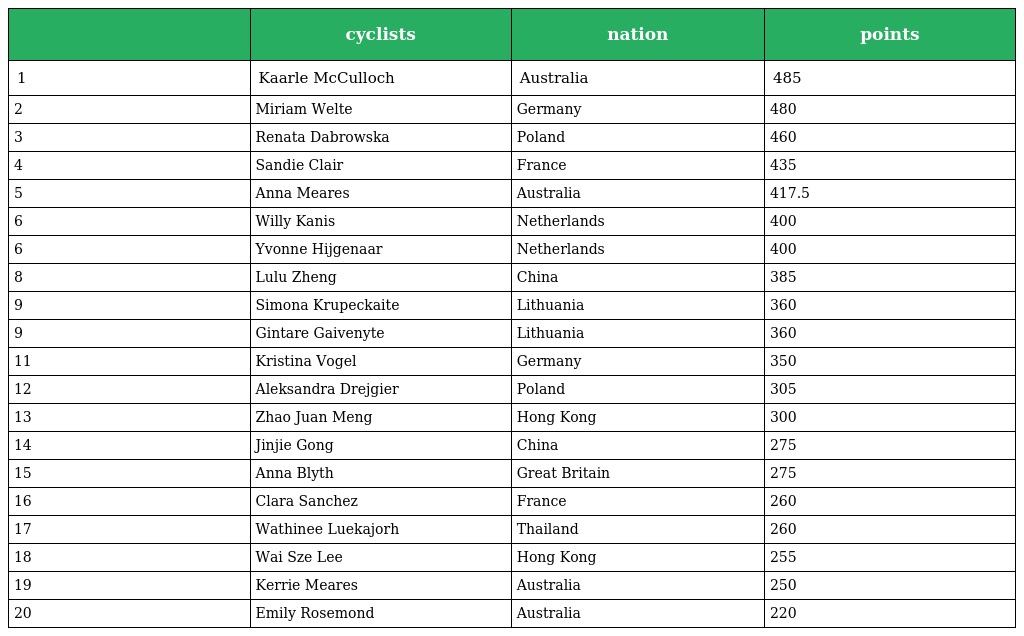
|  | cyclists | nation | points |
 | --- | --- | --- | --- |
 | 1 | Kaarle McCulloch | Australia | 485 |
 | 2 | Miriam Welte | Germany | 480 |
 | 3 | Renata Dabrowska | Poland | 460 |
 | 4 | Sandie Clair | France | 435 |
 | 5 | Anna Meares | Australia | 417.5 |
 | 6 | Willy Kanis | Netherlands | 400 |
 | 6 | Yvonne Hijgenaar | Netherlands | 400 |
 | 8 | Lulu Zheng | China | 385 |
 | 9 | Simona Krupeckaite | Lithuania | 360 |
 | 9 | Gintare Gaivenyte | Lithuania | 360 |
 | 11 | Kristina Vogel | Germany | 350 |
 | 12 | Aleksandra Drejgier | Poland | 305 |
 | 13 | Zhao Juan Meng | Hong Kong | 300 |
 | 14 | Jinjie Gong | China | 275 |
 | 15 | Anna Blyth | Great Britain | 275 |
 | 16 | Clara Sanchez | France | 260 |
 | 17 | Wathinee Luekajorh | Thailand | 260 |
 | 18 | Wai Sze Lee | Hong Kong | 255 |
 | 19 | Kerrie Meares | Australia | 250 |
 | 20 | Emily Rosemond | Australia | 220 |